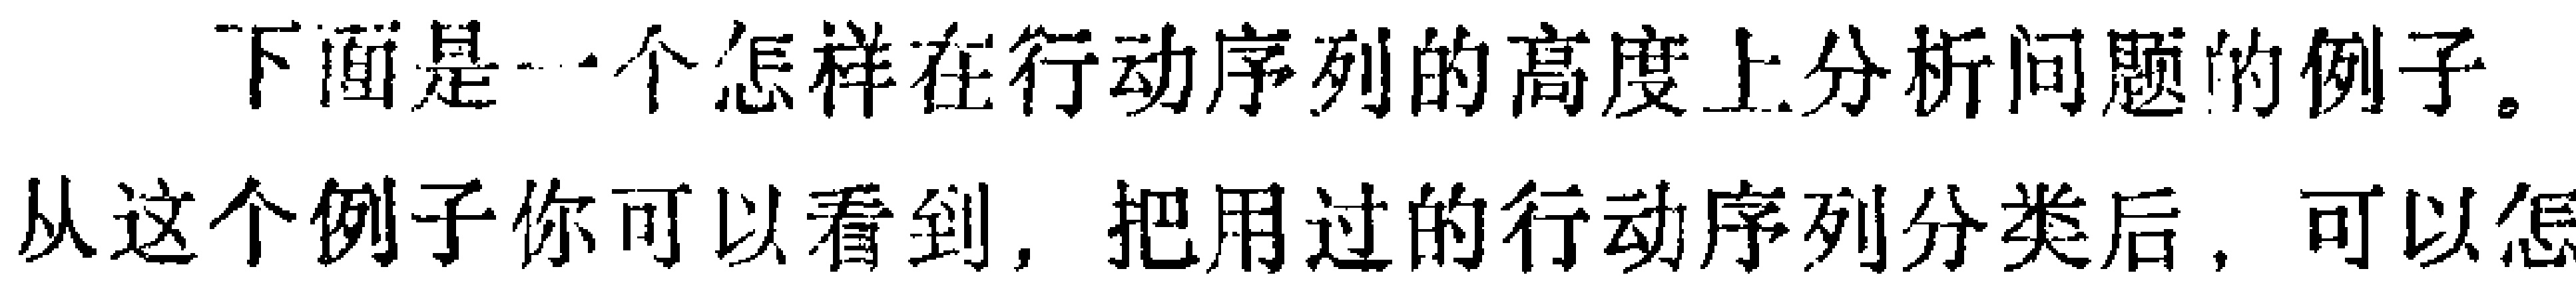
下面是一个怎样在行动序列的高度上分析问题的例子。

从这个例子你可以看到，把用过的行动序列分类后，可以怎